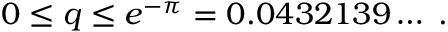
0 \leq q \leq e ^ { - \pi } = 0 . 0 4 3 2 1 3 9 \ldots \; .